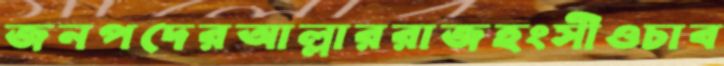
জনপদেরআল্লাররাজহংসীওচাব